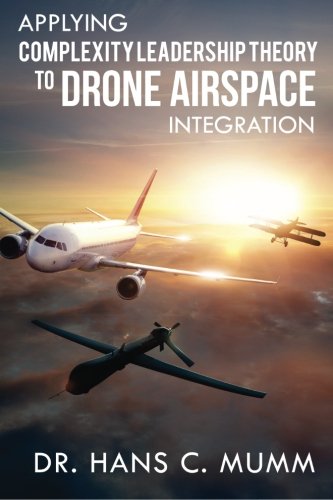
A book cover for Applying Complexity Leadership Theory to Drone Airspace Integration; Hans Mumm; Law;